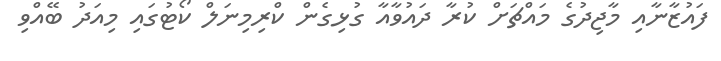
ފައުޒާނާއި މާޖިދުގެ މައްޗަށް ކުރާ ދައުވާއާ ގުޅިގެން ކްރިމިނަލް ކޯޓުގައި މިއަދު ބޭއްވި